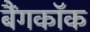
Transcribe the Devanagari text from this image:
बैंगकाॅक